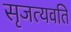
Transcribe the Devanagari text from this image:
सृजत्यवति